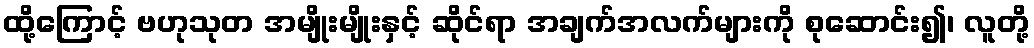
ထို့ကြောင့် ဗဟုသုတ အမျိုးမျိုးနှင့် ဆိုင်ရာ အချက်အလက်များကို စုဆောင်း၍၊ လူတို့